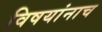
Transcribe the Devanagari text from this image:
विषयांनाच